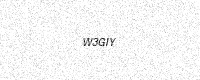
Text: W3GIY